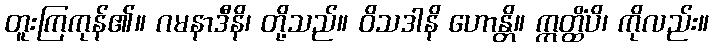
တူးကြကုန်၏။ ဂမနာဒီနိ၊ တို့သည်။ ဝိသဒါနိ ဟောန္တိ။ ဣတ္ထိံပိ၊ ကိုလည်း။